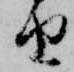
由